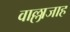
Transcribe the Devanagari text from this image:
वाल्लाजाह